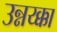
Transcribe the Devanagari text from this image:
उन्नय्क्का